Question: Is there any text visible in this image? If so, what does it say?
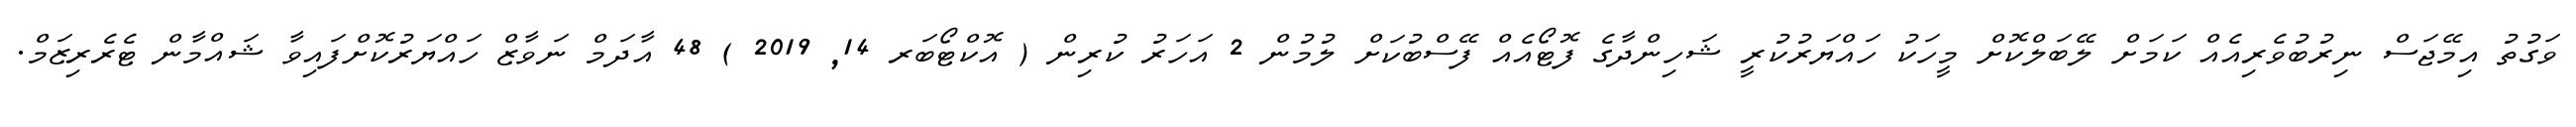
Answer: ވަގުތު އިމޭޖަސް ނިރުބުވެރިއެއް ކަމަށް ލޭބަލްކޮށް މީހަކު ހައްޔަރުކުރީ ޝަހިންދާގެ ފޮޓޯއެއް ފޭސްބުކަށް ލުމުން 2 އަހަރު ކުރިން ( އޮކްޓޯބަރ 14, 2019 ) 48 އާދަމް ނަވާޒް ހައްޔަރުކޮށްފައިވާ ޝައްމާން ޓެރެރިޒަމް.